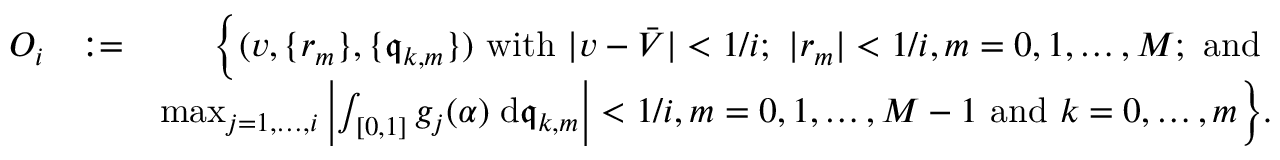
\begin{array} { r l r } { O _ { i } } & { : = } & { \Big \{ ( v , \{ r _ { m } \} , \{ \mathfrak { q } _ { k , m } \} ) \mathrm { ~ w i t h ~ } | v - \bar { V } | < 1 / i ; \ | r _ { m } | < 1 / i , m = 0 , 1 , \ldots , M ; \mathrm { ~ a n d ~ } } \\ & { } & { \operatorname* { m a x } _ { j = 1 , \ldots , i } \left| \int _ { [ 0 , 1 ] } g _ { j } ( \alpha ) \; \mathrm { d } \mathfrak { q } _ { k , m } \right| < 1 / i , m = 0 , 1 , \ldots , M - 1 \mathrm { ~ a n d ~ } k = 0 , \ldots , m \Big \} . } \end{array}